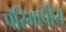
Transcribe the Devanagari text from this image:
परिमापीय